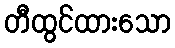
တီထွင်ထားသော